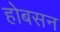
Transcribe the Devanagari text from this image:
होबसन